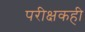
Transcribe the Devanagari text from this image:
परीक्षकही